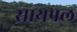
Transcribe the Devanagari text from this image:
सायपल